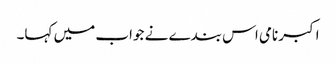
اکبر نامی اس بندے نے جواب میں کہا۔